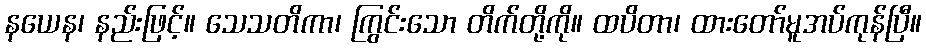
နယေန၊ နည်းဖြင့်။ သေသတိကာ၊ ကြွင်းသော တိက်တို့ကို။ ထပိတာ၊ ထားတော်မူအပ်ကုန်ပြီ။